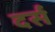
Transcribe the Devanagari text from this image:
दर्स